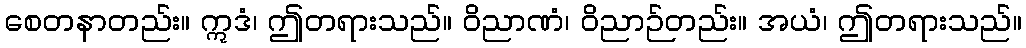
စေတနာတည်း။ ဣဒံ၊ ဤတရားသည်။ ဝိညာဏံ၊ ဝိညာဉ်တည်း။ အယံ၊ ဤတရားသည်။